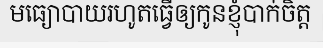
មធ្យោបាយរហូតធ្វើឲ្យកូនខ្ញុំបាក់ចិត្ត